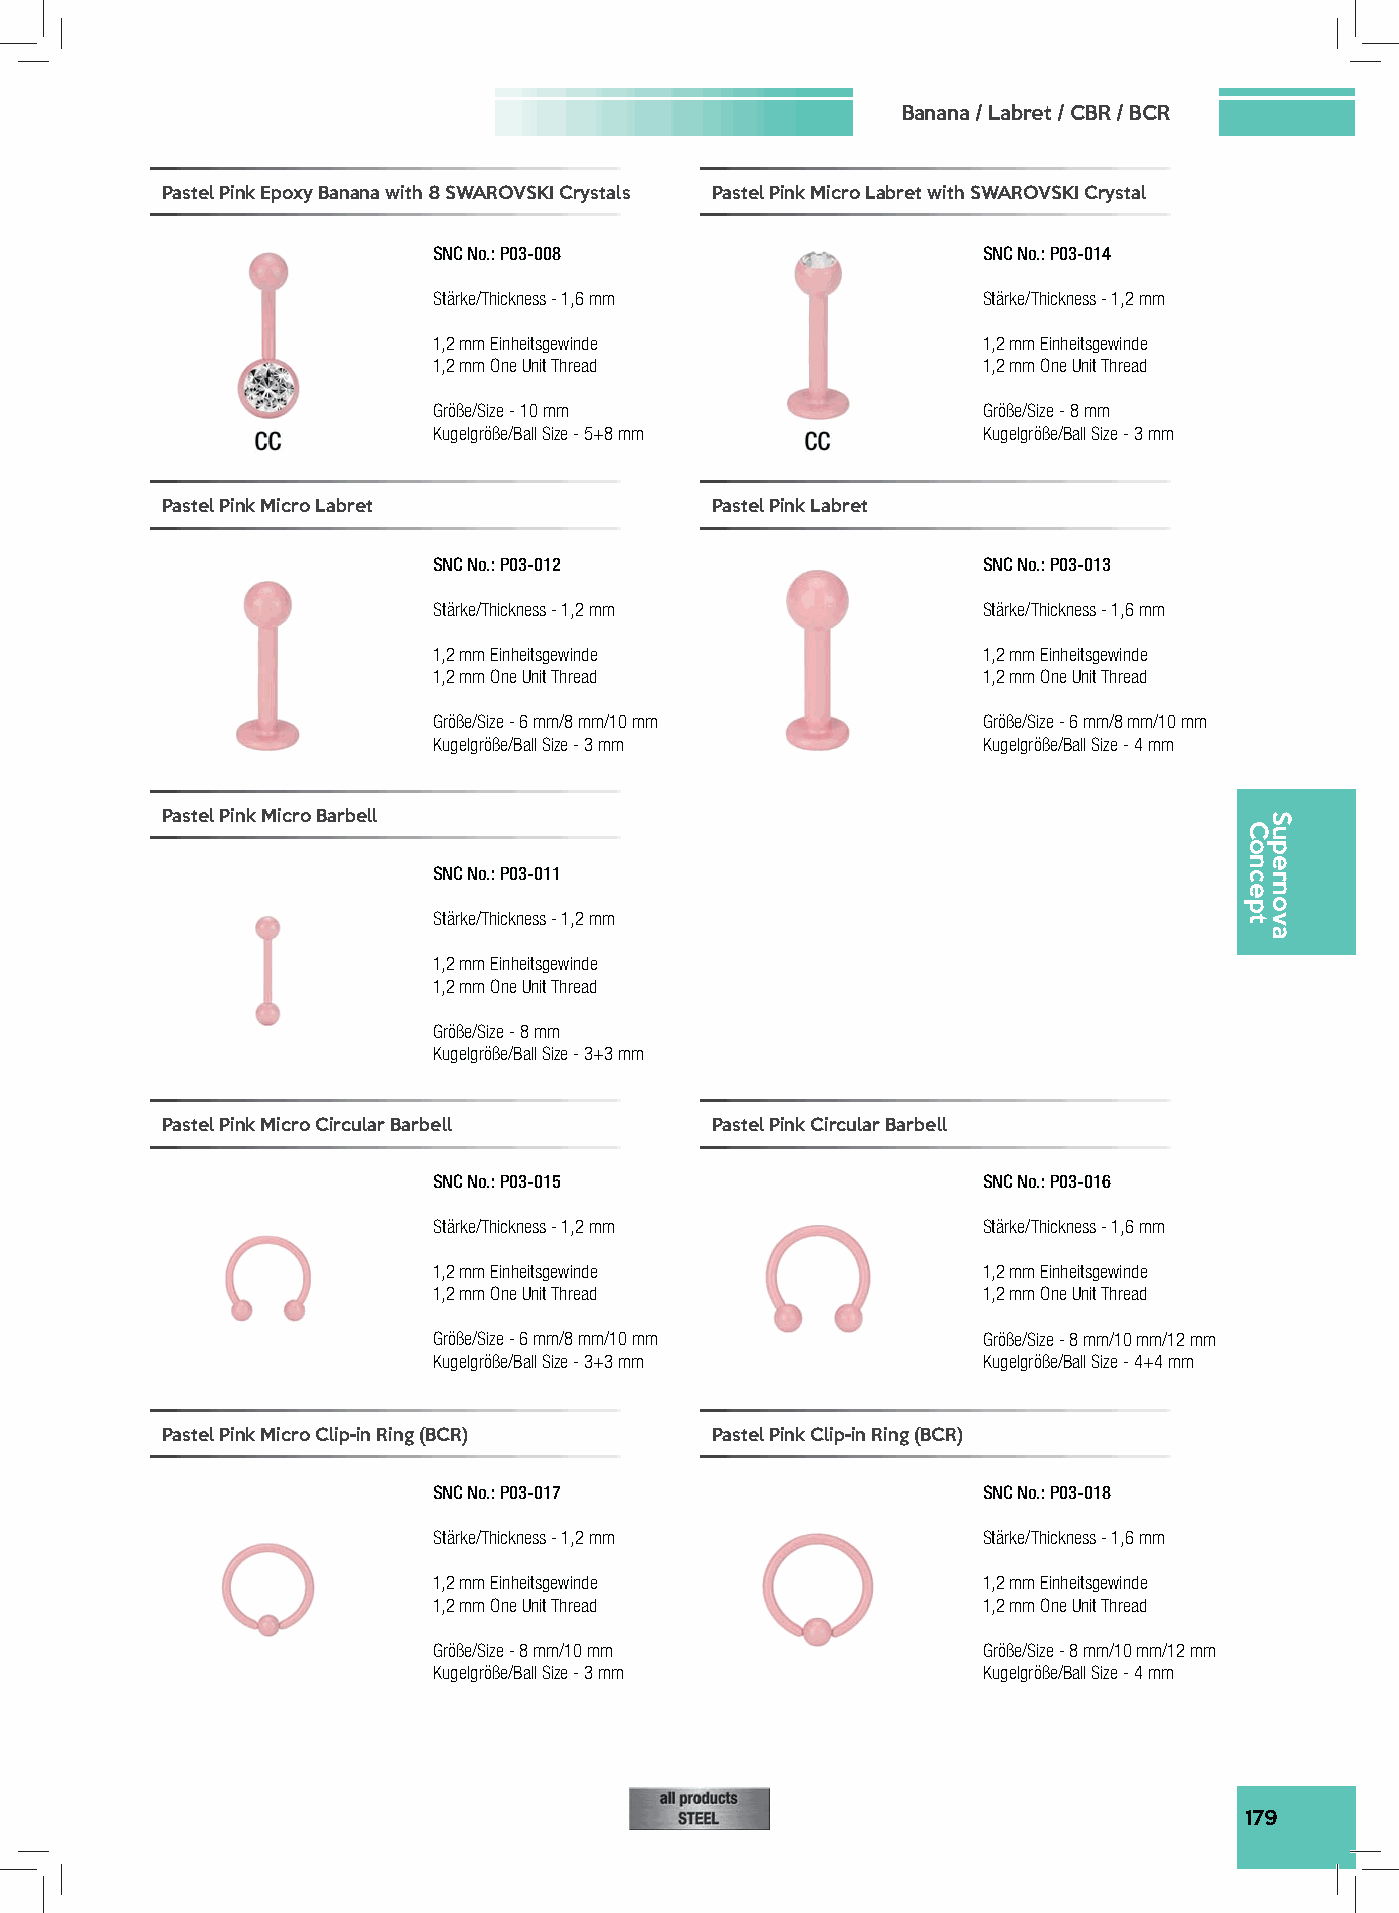
Banana / Labret / CBR / BCR
 Pastel Pink Epoxy Banana with 8 SWAROVSKI Crystals Pastel Pink Micro Labret with SWAROVSKI Crystal
 SNC No.: P03-008                    SNC No.: P03-014
 Stärke/Thickness - 1,6 mm           Stärke/Thickness - 1,2 mm
 1,2 mm Einheitsgewinde              1,2 mm Einheitsgewinde
 1,2 mm One Unit Thread              1,2 mm One Unit Thread
 Größe/Size - 10 mm                  Größe/Size - 8 mm
 Kugelgröße/Ball Size - 5+8 mm       Kugelgröße/Ball Size - 3 mm
 Pastel Pink Micro Labret            Pastel Pink Labret
 SNC No.: P03-012                    SNC No.: P03-013
 Stärke/Thickness - 1,2 mm           Stärke/Thickness - 1,6 mm
 1,2 mm Einheitsgewinde              1,2 mm Einheitsgewinde
 1,2 mm One Unit Thread              1,2 mm One Unit Thread
 Größe/Size - 6 mm/8 mm/10 mm        Größe/Size - 6 mm/8 mm/10 mm
 Kugelgröße/Ball Size - 3 mm         Kugelgröße/Ball Size - 4 mm
 Pastel Pink Micro Barbell
 SNC No.: P03-011
 Stärke/Thickness - 1,2 mm
 1,2 mm Einheitsgewinde
 1,2 mm One Unit Thread
 Größe/Size - 8 mm
 Kugelgröße/Ball Size - 3+3 mm
 Pastel Pink Micro Circular Barbell  Pastel Pink Circular Barbell
 SNC No.: P03-015                    SNC No.: P03-016
 Stärke/Thickness - 1,2 mm           Stärke/Thickness - 1,6 mm
 1,2 mm Einheitsgewinde              1,2 mm Einheitsgewinde
 1,2 mm One Unit Thread              1,2 mm One Unit Thread
 Größe/Size - 6 mm/8 mm/10 mm        Größe/Size - 8 mm/10 mm/12 mm
 Kugelgröße/Ball Size - 3+3 mm       Kugelgröße/Ball Size - 4+4 mm
 Pastel Pink Micro Clip-in Ring (BCR) Pastel Pink Clip-in Ring (BCR)
 SNC No.: P03-017                    SNC No.: P03-018
 Stärke/Thickness - 1,2 mm           Stärke/Thickness - 1,6 mm
 1,2 mm Einheitsgewinde              1,2 mm Einheitsgewinde
 1,2 mm One Unit Thread              1,2 mm One Unit Thread
 Größe/Size - 8 mm/10 mm             Größe/Size - 8 mm/10 mm/12 mm
 Kugelgröße/Ball Size - 3 mm         Kugelgröße/Ball Size - 4 mm
 179
 Concept
 Supernova